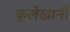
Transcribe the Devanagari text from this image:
कुलेखानी